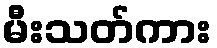
မီးသတ်ကား